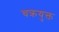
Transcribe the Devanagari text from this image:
चक्रयुक्त